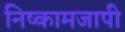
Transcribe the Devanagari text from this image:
निष्कामजापी